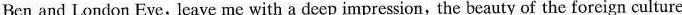
Ben and London Eye, leave me with a deep impression,the beauty of the foreign culture